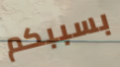
بسببكم